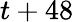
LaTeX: t+48